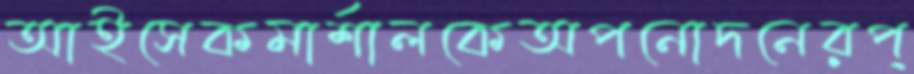
আইসেকমার্শালকেঅপনোদনেরপ্